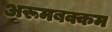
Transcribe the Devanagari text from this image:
अरूमबक्कम